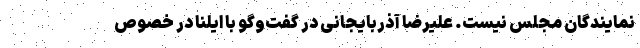
نمایندگان مجلس نیست. علیرضا آذربایجانی در گفت‌وگو با ایلنا در خصوص